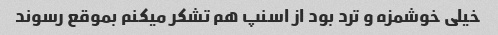
خیلی خوشمزه و ترد بود از اسنپ هم تشکر میکنم بموقع رسوند